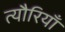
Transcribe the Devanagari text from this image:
त्यौरियाँ